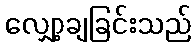
လျှော့ချခြင်းသည်